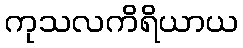
ကုသလကိရိယာယ